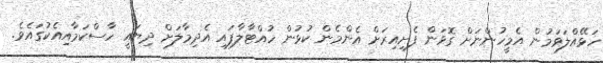
ހަޅޭއްލަވަމުން އެމީހުންނަށް ގޮވަން ފެށިއިރަށް އެންމެން ކުޅުން ހުއްޓާލާފައި އެދިމާލަށް ދިޔައީ ހާސްކަމާއިއެކުގައެވެ.